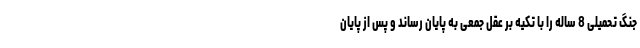
جنگ تحمیلی 8 ساله را با تکیه بر عقل جمعی به پایان رساند و پس از پایان